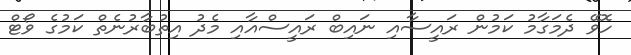
ހޮވޭ ދެމަގާމު ކަމުން ރައީސާއި ނައިބް ރައީސްއާއި މެދު އިތުބާރުނެތް ކަމުގެ ވޯޓް